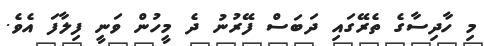
މި ހާދިސާގެ ތެރޭގައި ދަބަސް ފޭރުނު ދެ މީހުން ވަނީ ފިލާފަ އެވެ.